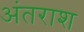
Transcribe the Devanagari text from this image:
अंतराश